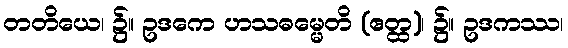
တတိယေ၊ ၌။ ဥဒကေ ဟသဓမ္မေတိ (ဧတ္ထ)၊ ၌။ ဥဒကဿ၊